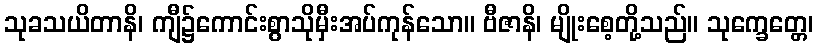
သုခသယိတာနိ၊ ကျီ၌ကောင်းစွာသိုမှီးအပ်ကုန်သော။ ဗီဇာနိ၊ မျိုးစေ့တို့သည်။ သုက္ခေတ္တေ၊